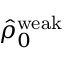
\hat { \rho } _ { 0 } ^ { \mathrm { w e a k } }